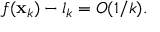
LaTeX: f ( \mathbf { x } _ { k } ) - l _ { k } = O ( 1 / k ) .